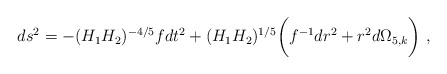
\begin{align*}ds^2 = - {(H_1H_2)^{-{4/5}}} f dt^2 + (H_1H_2)^{1/5} \bigg(f^{-1} {dr^2} + r^2 d\Omega_{5,k} \bigg) \ ,\end{align*}